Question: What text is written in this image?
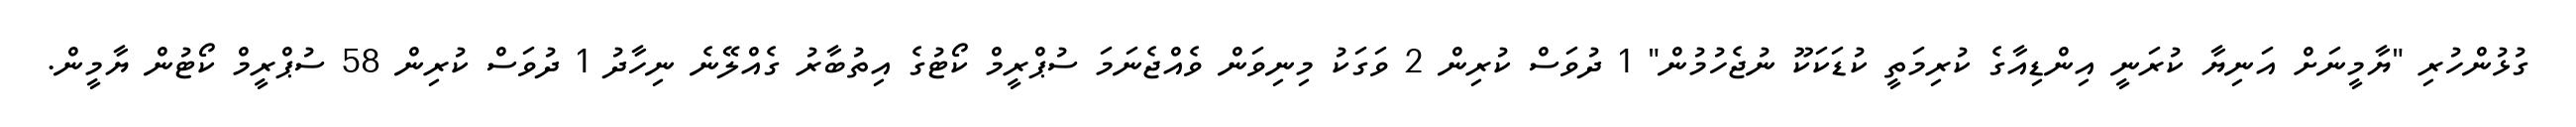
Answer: ގުޅުންހުރި "ޔާމީނަށް އަނިޔާ ކުރަނީ އިންޑިއާގެ ކުރިމަތީ ކުޑަކަކޫ ނުޖެހުމުން" 1 ދުވަސް ކުރިން 2 ވަގަކު މިނިވަން ވެއްޖެނަމަ ސުޕްރީމް ކޯޓުގެ އިތުބާރު ގެއްލޭނެ ނިހާދު 1 ދުވަސް ކުރިން 58 ސުޕްރީމް ކޯޓުން ޔާމީން.